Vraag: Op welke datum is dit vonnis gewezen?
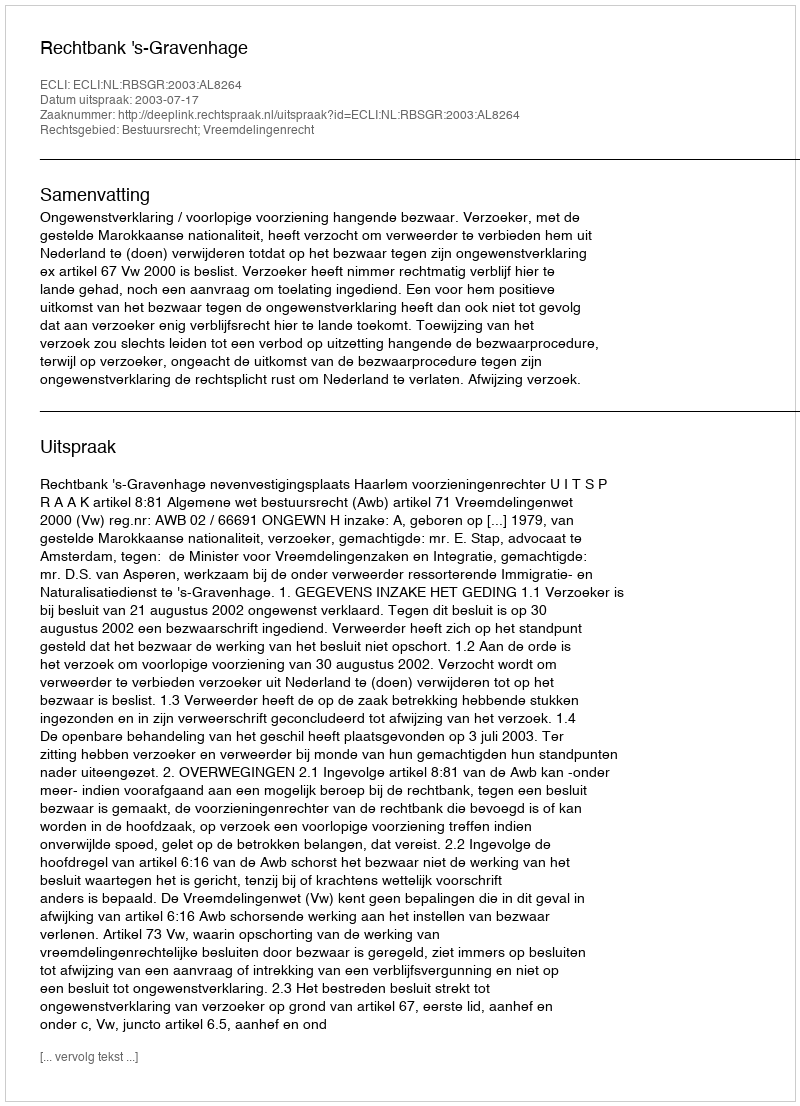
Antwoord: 2003-07-17